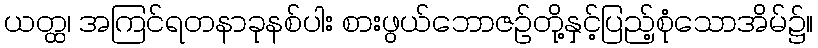
ယတ္ထ၊ အကြင်ရတနာခုနစ်ပါး စားဖွယ်ဘောဇဉ်တို့နှင့်ပြည့်စုံသောအိမ်၌။